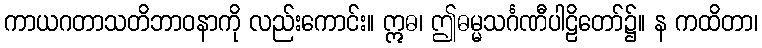
ကာယဂတာသတိဘာဝနာကို လည်းကောင်း။ ဣဓ၊ ဤဓမ္မသင်္ဂဏီပါဠိတော်၌။ န ကထိတာ၊